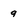
Character: 9